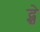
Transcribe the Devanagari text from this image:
द्स्ते